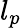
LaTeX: l_{p}